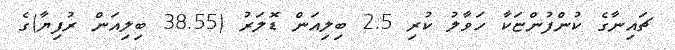
ޗައިނާގެ ކުންފުންޏަކާ ހަވާލު ކުރި 2.5 ބިލިއަން ޑޮލަރު (38.55 ބިލިއަން ރުފިޔާ)ގެ